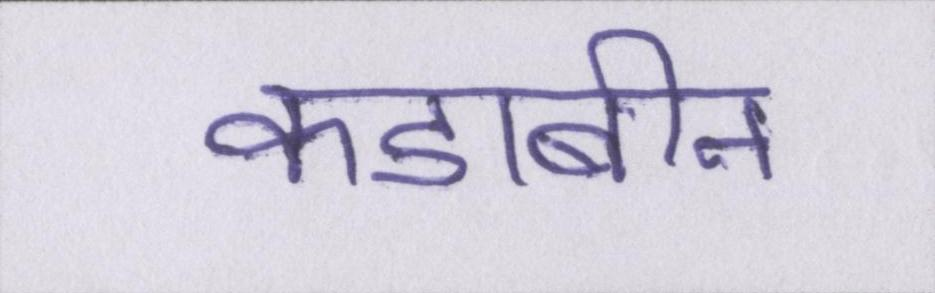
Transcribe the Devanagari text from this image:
कडाबीन